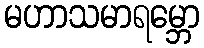
မဟာသမာရမ္ဘော